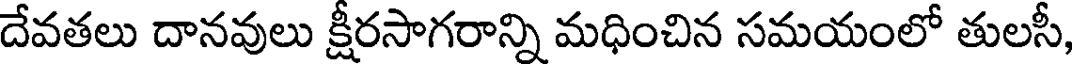
దేవతలు దానవులు క్షీరసాగరాన్ని మధించిన సమయంలో తులసీ